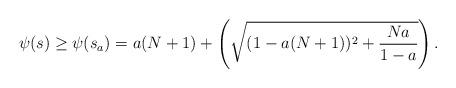
LaTeX: \begin{align*}\psi(s) \geq \psi(s_a) = a(N+1) + \left( \sqrt{(1-a(N+1))^2 +\frac{Na}{1-a}}\right).\end{align*}